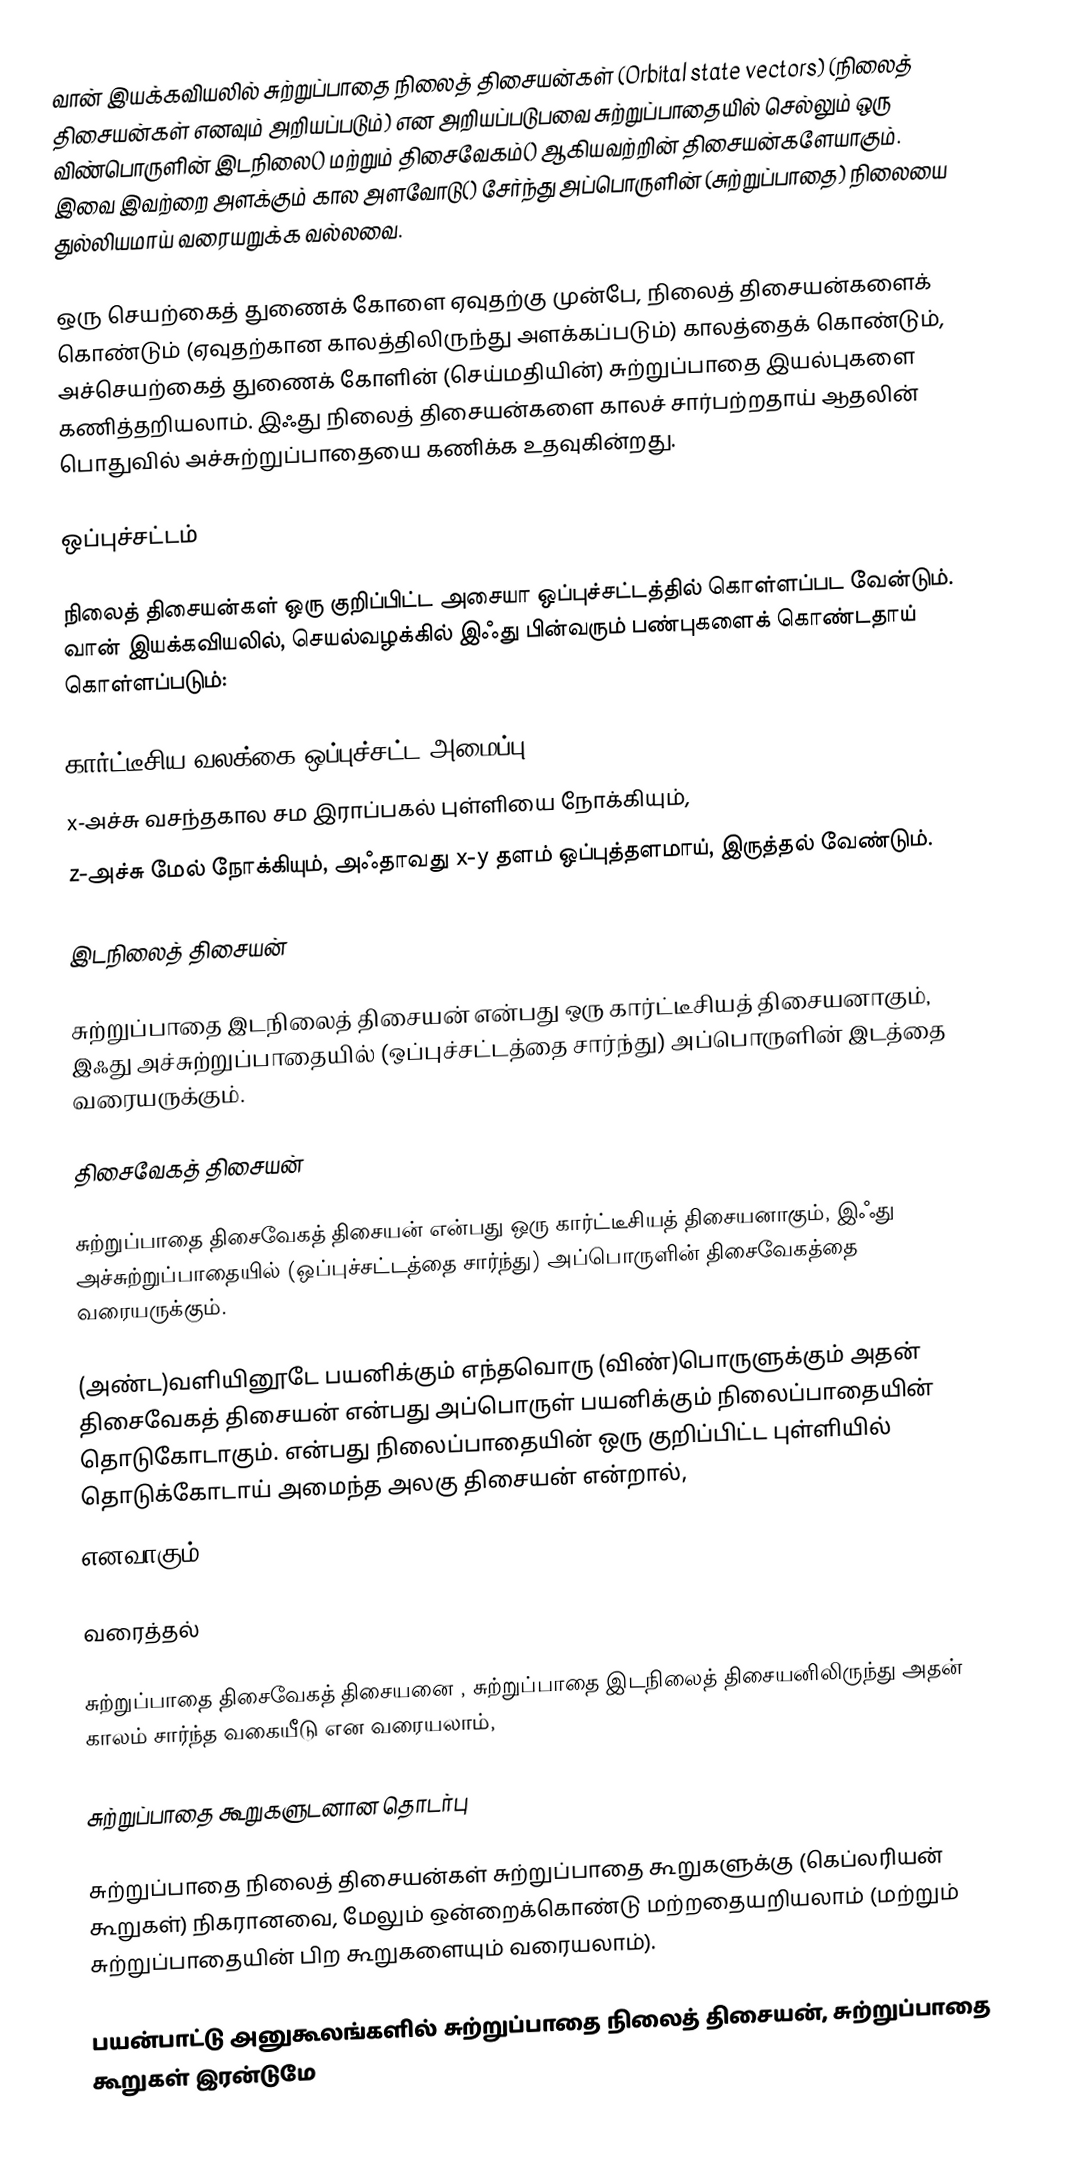
வான் இயக்கவியலில் சுற்றுப்பாதை நிலைத் திசையன்கள் (Orbital state vectors) (நிலைத் திசையன்கள் எனவும் அறியப்படும்) என அறியப்படுபவை சுற்றுப்பாதையில் செல்லும் ஒரு விண்பொருளின் இடநிலை()  மற்றும் திசைவேகம்() ஆகியவற்றின் திசையன்களேயாகும். இவை இவற்றை அளக்கும் கால அளவோடு() சேர்ந்து அப்பொருளின் (சுற்றுப்பாதை) நிலையை துல்லியமாய் வரையறுக்க வல்லவை.

ஒரு செயற்கைத் துணைக் கோளை ஏவுதற்கு முன்பே, நிலைத் திசையன்களைக் கொண்டும் (ஏவுதற்கான காலத்திலிருந்து அளக்கப்படும்) காலத்தைக் கொண்டும், அச்செயற்கைத் துணைக் கோளின் (செய்மதியின்) சுற்றுப்பாதை இயல்புகளை கணித்தறியலாம். இஃது நிலைத் திசையன்களை காலச் சார்பற்றதாய் ஆதலின் பொதுவில் அச்சுற்றுப்பாதையை கணிக்க உதவுகின்றது.

ஒப்புச்சட்டம்

நிலைத் திசையன்கள் ஒரு குறிப்பிட்ட அசையா ஒப்புச்சட்டத்தில் கொள்ளப்பட வேன்டும். வான் இயக்கவியலில், செயல்வழக்கில் இஃது பின்வரும் பண்புகளைக் கொண்டதாய் கொள்ளப்படும்:

கார்ட்டீசிய வலக்கை ஒப்புச்சட்ட அமைப்பு
x-அச்சு வசந்தகால சம இராப்பகல் புள்ளியை நோக்கியும்,
z-அச்சு மேல் நோக்கியும், அஃதாவது x-y தளம் ஒப்புத்தளமாய், இருத்தல் வேண்டும்.

இடநிலைத் திசையன்

சுற்றுப்பாதை இடநிலைத் திசையன்  என்பது ஒரு கார்ட்டீசியத் திசையனாகும், இஃது அச்சுற்றுப்பாதையில் (ஒப்புச்சட்டத்தை சார்ந்து) அப்பொருளின் இடத்தை வரையருக்கும்.

திசைவேகத் திசையன்

சுற்றுப்பாதை திசைவேகத் திசையன்  என்பது ஒரு கார்ட்டீசியத் திசையனாகும், இஃது அச்சுற்றுப்பாதையில் (ஒப்புச்சட்டத்தை சார்ந்து) அப்பொருளின் திசைவேகத்தை வரையருக்கும்.

(அண்ட)வளியினூடே பயனிக்கும் எந்தவொரு (விண்)பொருளுக்கும் அதன் திசைவேகத் திசையன் என்பது அப்பொருள் பயனிக்கும் நிலைப்பாதையின் தொடுகோடாகும்.  என்பது நிலைப்பாதையின் ஒரு குறிப்பிட்ட புள்ளியில் தொடுக்கோடாய் அமைந்த அலகு திசையன் என்றால்,
 எனவாகும்.

வரைத்தல்

சுற்றுப்பாதை திசைவேகத் திசையனை , சுற்றுப்பாதை இடநிலைத் திசையனிலிருந்து  அதன் காலம் சார்ந்த வகையீடு என வரையலாம்,

சுற்றுப்பாதை கூறுகளுடனான தொடர்பு

சுற்றுப்பாதை நிலைத் திசையன்கள் சுற்றுப்பாதை கூறுகளுக்கு (கெப்லரியன் கூறுகள்) நிகரானவை, மேலும் ஒன்றைக்கொண்டு மற்றதையறியலாம் (மற்றும் சுற்றுப்பாதையின் பிற கூறுகளையும் வரையலாம்).

பயன்பாட்டு அனுகூலங்களில் சுற்றுப்பாதை நிலைத் திசையன், சுற்றுப்பாதை கூறுகள் இரன்டுமே